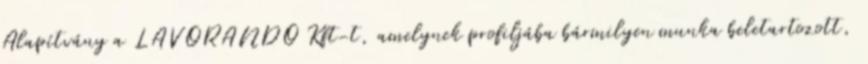
Alapítvány a LAVORANDO Kft-t, amelynek profiljába bármilyen munka beletartozott,